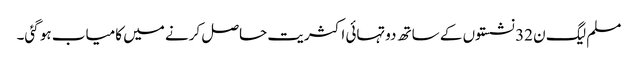
مسلم لیگ ن 32 نشستوں کے ساتھ دوتہائی اکثریت حاصل کرنے میں کامیاب ہو گئی۔